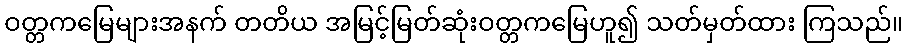
ဝတ္တကမြေများအနက် တတိယ အမြင့်မြတ်ဆုံးဝတ္တကမြေဟူ၍ သတ်မှတ်ထား ကြသည်။